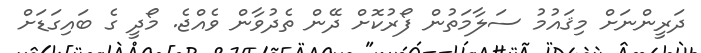
ދަރީންނަށް މިޤައުމު ސަލާމަތުން ފޯރުކޮށް ދޭން ތެދުވާން ވެއްޖެ. މޯދީ ގެ ބައިގަޑަށް